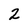
Character: 2